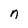
Character: n